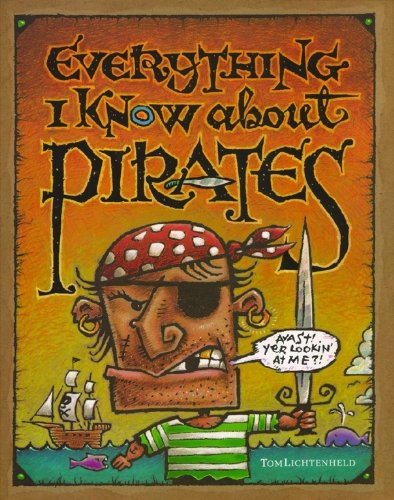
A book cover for Everything I Know About Pirates; Tom Lichtenheld; Children's Books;